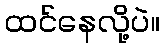
ထင်နေလို့ပဲ။